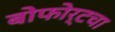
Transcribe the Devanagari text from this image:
बोफोर्टचा